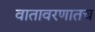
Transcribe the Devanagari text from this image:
वातावरणातच